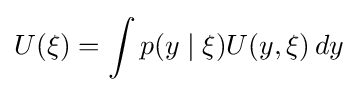
U(\xi )=\int p(y\mid \xi )U(y,\xi )\,dy